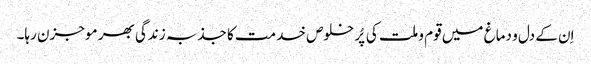
اِن کے دل و دماغ میں قوم و ملت کی پُر خلوص خدمت کا جذبہ زندگی بھر موجزن رہا۔